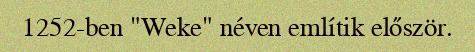
1252-ben "Weke" néven említik először.